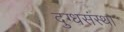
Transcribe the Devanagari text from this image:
दुग्धसंस्था